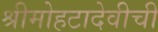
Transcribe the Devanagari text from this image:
श्रीमोहटादेवीची